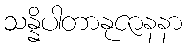
သန္နိပါတာနုဇာနနာ